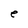
Character: e